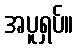
အပူရှပ်။